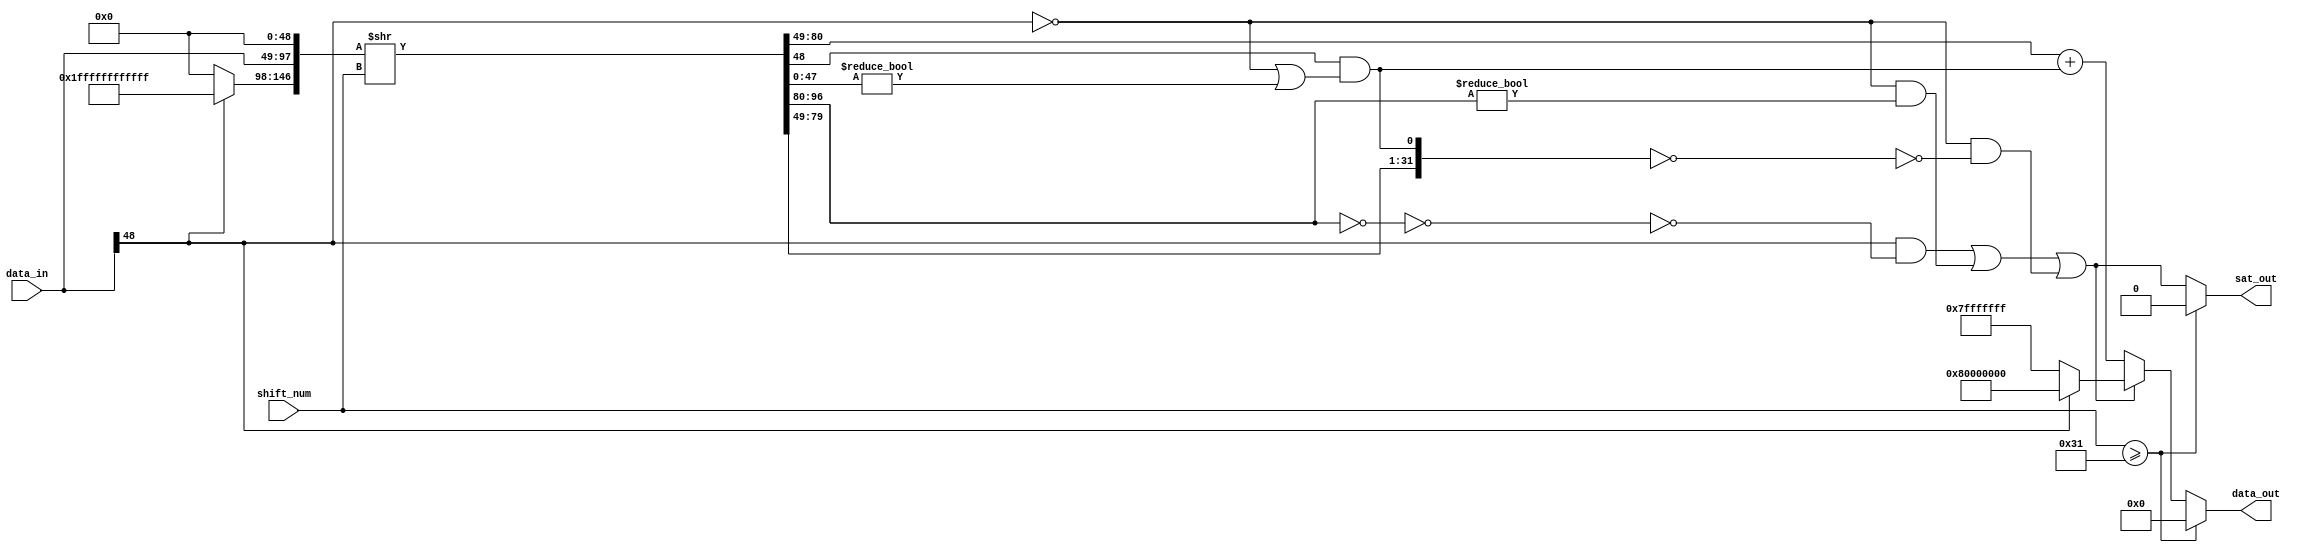
module NV_soDLA_HLS_shiftrightsatsu( // @[:@3.2]
  input  [48:0] data_in, // @[:@6.4]
  input  [5:0]  shift_num, // @[:@6.4]
  output [31:0] data_out, // @[:@6.4]
  output        sat_out // @[:@6.4]
);
  wire  data_sign; // @[NV_NVDLA_HLS_shiftrightsatsu.scala 28:28:@17.4]
  wire [48:0] _T_26; // @[Bitwise.scala 72:12:@20.4]
  wire [146:0] _T_33; // @[Cat.scala 30:58:@23.4]
  wire [146:0] _T_34; // @[NV_NVDLA_HLS_shiftrightsatsu.scala 30:87:@24.4]
  wire [48:0] data_shift; // @[NV_NVDLA_HLS_shiftrightsatsu.scala 32:104:@33.4]
  wire  guide; // @[NV_NVDLA_HLS_shiftrightsatsu.scala 34:99:@41.4]
  wire [47:0] stick; // @[NV_NVDLA_HLS_shiftrightsatsu.scala 36:99:@49.4]
  wire  _T_75; // @[NV_NVDLA_HLS_shiftrightsatsu.scala 38:24:@51.4]
  wire  _T_77; // @[NV_NVDLA_HLS_shiftrightsatsu.scala 38:43:@52.4]
  wire  _T_78; // @[NV_NVDLA_HLS_shiftrightsatsu.scala 38:35:@53.4]
  wire  point5; // @[NV_NVDLA_HLS_shiftrightsatsu.scala 38:21:@54.4]
  wire [31:0] _T_80; // @[NV_NVDLA_HLS_shiftrightsatsu.scala 40:30:@56.4]
  wire [31:0] _GEN_0; // @[NV_NVDLA_HLS_shiftrightsatsu.scala 40:47:@57.4]
  wire [32:0] _T_81; // @[NV_NVDLA_HLS_shiftrightsatsu.scala 40:47:@57.4]
  wire [31:0] data_round; // @[NV_NVDLA_HLS_shiftrightsatsu.scala 40:47:@58.4]
  wire [16:0] _T_84; // @[NV_NVDLA_HLS_shiftrightsatsu.scala 42:48:@61.4]
  wire [16:0] _T_85; // @[NV_NVDLA_HLS_shiftrightsatsu.scala 42:74:@62.4]
  wire  _T_87; // @[NV_NVDLA_HLS_shiftrightsatsu.scala 42:74:@63.4]
  wire  _T_88; // @[NV_NVDLA_HLS_shiftrightsatsu.scala 42:36:@64.4]
  wire  _T_89; // @[NV_NVDLA_HLS_shiftrightsatsu.scala 42:34:@65.4]
  wire  _T_93; // @[NV_NVDLA_HLS_shiftrightsatsu.scala 43:75:@68.4]
  wire  _T_94; // @[NV_NVDLA_HLS_shiftrightsatsu.scala 43:35:@69.4]
  wire  _T_95; // @[NV_NVDLA_HLS_shiftrightsatsu.scala 42:81:@70.4]
  wire [30:0] _T_97; // @[NV_NVDLA_HLS_shiftrightsatsu.scala 44:52:@72.4]
  wire [31:0] _T_98; // @[Cat.scala 30:58:@73.4]
  wire [31:0] _T_99; // @[NV_NVDLA_HLS_shiftrightsatsu.scala 44:86:@74.4]
  wire  _T_101; // @[NV_NVDLA_HLS_shiftrightsatsu.scala 44:86:@75.4]
  wire  _T_102; // @[NV_NVDLA_HLS_shiftrightsatsu.scala 44:35:@76.4]
  wire  tru_need_sat; // @[NV_NVDLA_HLS_shiftrightsatsu.scala 43:81:@77.4]
  wire [31:0] data_max; // @[NV_NVDLA_HLS_shiftrightsatsu.scala 46:20:@84.4]
  wire  _T_121; // @[NV_NVDLA_HLS_shiftrightsatsu.scala 48:37:@86.4]
  wire [31:0] _T_127; // @[NV_NVDLA_HLS_shiftrightsatsu.scala 48:81:@88.4]
  assign data_sign = data_in[48]; // @[NV_NVDLA_HLS_shiftrightsatsu.scala 28:28:@17.4]
  assign _T_26 = data_sign ? 49'h1ffffffffffff : 49'h0; // @[Bitwise.scala 72:12:@20.4]
  assign _T_33 = {_T_26,data_in,49'h0}; // @[Cat.scala 30:58:@23.4]
  assign _T_34 = _T_33 >> shift_num; // @[NV_NVDLA_HLS_shiftrightsatsu.scala 30:87:@24.4]
  assign data_shift = _T_34[97:49]; // @[NV_NVDLA_HLS_shiftrightsatsu.scala 32:104:@33.4]
  assign guide = _T_34[48]; // @[NV_NVDLA_HLS_shiftrightsatsu.scala 34:99:@41.4]
  assign stick = _T_34[47:0]; // @[NV_NVDLA_HLS_shiftrightsatsu.scala 36:99:@49.4]
  assign _T_75 = ~ data_sign; // @[NV_NVDLA_HLS_shiftrightsatsu.scala 38:24:@51.4]
  assign _T_77 = stick != 48'h0; // @[NV_NVDLA_HLS_shiftrightsatsu.scala 38:43:@52.4]
  assign _T_78 = _T_75 | _T_77; // @[NV_NVDLA_HLS_shiftrightsatsu.scala 38:35:@53.4]
  assign point5 = guide & _T_78; // @[NV_NVDLA_HLS_shiftrightsatsu.scala 38:21:@54.4]
  assign _T_80 = data_shift[31:0]; // @[NV_NVDLA_HLS_shiftrightsatsu.scala 40:30:@56.4]
  assign _GEN_0 = {{31'd0}, point5}; // @[NV_NVDLA_HLS_shiftrightsatsu.scala 40:47:@57.4]
  assign _T_81 = _T_80 + _GEN_0; // @[NV_NVDLA_HLS_shiftrightsatsu.scala 40:47:@57.4]
  assign data_round = _T_80 + _GEN_0; // @[NV_NVDLA_HLS_shiftrightsatsu.scala 40:47:@58.4]
  assign _T_84 = data_shift[47:31]; // @[NV_NVDLA_HLS_shiftrightsatsu.scala 42:48:@61.4]
  assign _T_85 = ~ _T_84; // @[NV_NVDLA_HLS_shiftrightsatsu.scala 42:74:@62.4]
  assign _T_87 = _T_85 == 17'h0; // @[NV_NVDLA_HLS_shiftrightsatsu.scala 42:74:@63.4]
  assign _T_88 = ~ _T_87; // @[NV_NVDLA_HLS_shiftrightsatsu.scala 42:36:@64.4]
  assign _T_89 = data_sign & _T_88; // @[NV_NVDLA_HLS_shiftrightsatsu.scala 42:34:@65.4]
  assign _T_93 = _T_84 != 17'h0; // @[NV_NVDLA_HLS_shiftrightsatsu.scala 43:75:@68.4]
  assign _T_94 = _T_75 & _T_93; // @[NV_NVDLA_HLS_shiftrightsatsu.scala 43:35:@69.4]
  assign _T_95 = _T_89 | _T_94; // @[NV_NVDLA_HLS_shiftrightsatsu.scala 42:81:@70.4]
  assign _T_97 = data_shift[30:0]; // @[NV_NVDLA_HLS_shiftrightsatsu.scala 44:52:@72.4]
  assign _T_98 = {_T_97,point5}; // @[Cat.scala 30:58:@73.4]
  assign _T_99 = ~ _T_98; // @[NV_NVDLA_HLS_shiftrightsatsu.scala 44:86:@74.4]
  assign _T_101 = _T_99 == 32'h0; // @[NV_NVDLA_HLS_shiftrightsatsu.scala 44:86:@75.4]
  assign _T_102 = _T_75 & _T_101; // @[NV_NVDLA_HLS_shiftrightsatsu.scala 44:35:@76.4]
  assign tru_need_sat = _T_95 | _T_102; // @[NV_NVDLA_HLS_shiftrightsatsu.scala 43:81:@77.4]
  assign data_max = data_sign ? 32'h80000000 : 32'h7fffffff; // @[NV_NVDLA_HLS_shiftrightsatsu.scala 46:20:@84.4]
  assign _T_121 = shift_num >= 6'h31; // @[NV_NVDLA_HLS_shiftrightsatsu.scala 48:37:@86.4]
  assign _T_127 = tru_need_sat ? data_max : data_round; // @[NV_NVDLA_HLS_shiftrightsatsu.scala 48:81:@88.4]
  assign data_out = _T_121 ? 32'h0 : _T_127; // @[NV_NVDLA_HLS_shiftrightsatsu.scala 48:17:@90.4]
  assign sat_out = _T_121 ? 1'h0 : tru_need_sat; // @[NV_NVDLA_HLS_shiftrightsatsu.scala 50:16:@93.4]
endmodule

// ================================================================
// NVDLA Open Source Project
//
// Copyright(c) 2016 - 2017 NVIDIA Corporation. Licensed under the
// NVDLA Open Hardware License; Check "LICENSE" which comes with
// this distribution for more information.
// ================================================================
module NV_NVDLA_HLS_shiftrightsatsu (
   data_in
  ,shift_num
  ,data_out
  ,sat_out
  );
parameter IN_WIDTH = 49;
parameter OUT_WIDTH = 32;
parameter SHIFT_WIDTH = 6;
input [IN_WIDTH-1:0] data_in;
input [SHIFT_WIDTH-1:0] shift_num;
output [OUT_WIDTH-1:0] data_out;
output sat_out;
wire [IN_WIDTH-1:0] data_high;
wire [IN_WIDTH-1:0] data_shift;
wire [IN_WIDTH-2:0] stick;
wire [OUT_WIDTH-1:0] data_max;
wire [OUT_WIDTH-1:0] data_round;
wire data_sign;
wire guide;
wire point5;
wire mon_round_c;
wire tru_need_sat;
// synoff nets
// monitor nets
// debug nets
// tie high nets
// tie low nets
// no connect nets
// not all bits used nets
// todo nets
assign data_sign = data_in[IN_WIDTH-1];
assign {data_high[((IN_WIDTH) - 1):0], data_shift[((IN_WIDTH) - 1):0], guide, stick[((IN_WIDTH-1) - 1):0]} = {{IN_WIDTH{data_sign}},data_in,{IN_WIDTH{1'b0}}} >> shift_num[((SHIFT_WIDTH) - 1):0];
//assign {data_shift[::range(IN_WIDTH)], guide, stick[::range(IN_WIDTH-1)]} = ($signed({data_in,{IN_WIDTH{1'b0}}}) >>> shift_num[::range(SHIFT_WIDTH)]);
assign point5 = guide & (~data_sign | (|stick));
assign {mon_round_c,data_round[((OUT_WIDTH) - 1):0]} = data_shift[((OUT_WIDTH) - 1):0] + point5;
assign tru_need_sat = ( data_sign & ~(&data_shift[IN_WIDTH-2:OUT_WIDTH-1])) |
                      (~data_sign & (|data_shift[IN_WIDTH-2:OUT_WIDTH-1])) |
                      (~data_sign & (&{data_shift[((OUT_WIDTH-1) - 1):0], point5}));
assign data_max = data_sign ? {1'b1, {(OUT_WIDTH-1){1'b0}}} : ~{1'b1, {(OUT_WIDTH-1){1'b0}}};
assign data_out = (shift_num >= IN_WIDTH) ? {(OUT_WIDTH){1'b0}} : tru_need_sat ? data_max : data_round;
assign sat_out = (shift_num >= IN_WIDTH) ? 1'b0: tru_need_sat;
endmodule // NV_NVDLA_HLS_shiftrightsatsu